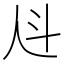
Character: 𰁩